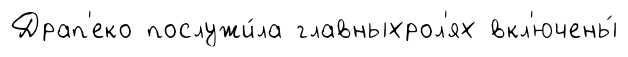
Драп'еко послужи́ла главныхрол'ях вкл'ючены́